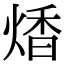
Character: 𤋭